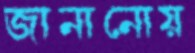
জানানোয়